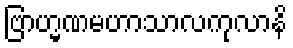
ဗြာဟ္မဏမဟာသာလကုလာနိ